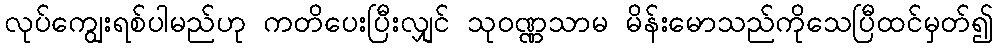
လုပ်ကျွေးရစ်ပါမည်ဟု ကတိပေးပြီးလျှင် သုဝဏ္ဏသာမ မိန်းမောသည်ကိုသေပြီထင်မှတ်၍